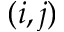
( i , j )